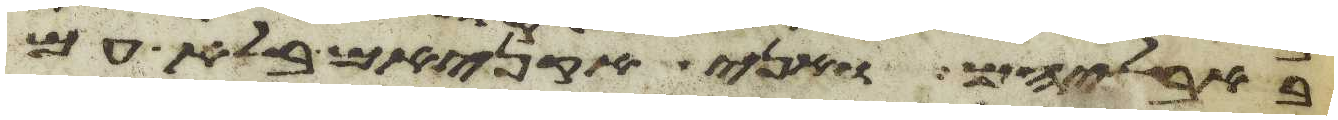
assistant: באבליהם ואני אקניאם בלא עם